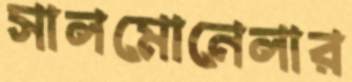
সালমোনেলার